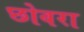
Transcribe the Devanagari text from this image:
छोवरा